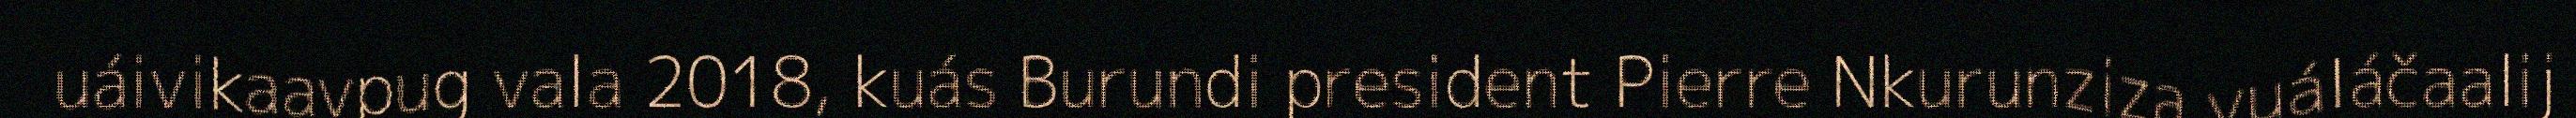
uáivikaavpug vala 2018, kuás Burundi president Pierre Nkurunziza vuáláčaalij